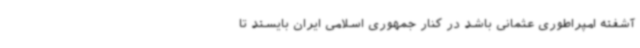
آشفته امپراطوری عثمانی باشد در کنار جمهوری اسلامی ایران بایستد تا